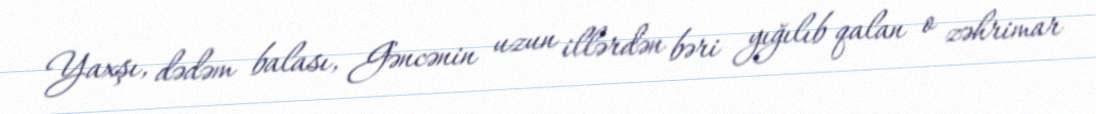
Yaxşı, dədəm balası, Gəncənin uzun illərdən bəri yığılıb qalan o zəhrimar